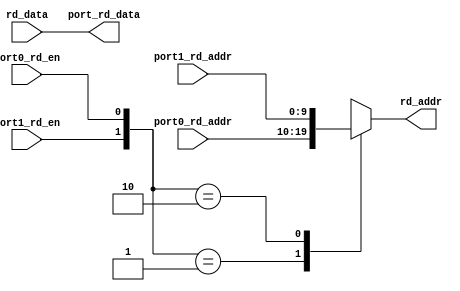
module vgpr_2to1_rd_port_mux (
  port0_rd_en,
  port0_rd_addr,

  port1_rd_en,
  port1_rd_addr,

  port_rd_data,

  rd_addr,
  rd_data
);
// S: changed to 2k (parameter passed)
  parameter DATAWIDTH = 2048;

  input         port0_rd_en;
  input [9:0]   port0_rd_addr;

  input         port1_rd_en;
  input [9:0]   port1_rd_addr;

  input [DATAWIDTH-1:0] rd_data;
  output [DATAWIDTH-1:0] port_rd_data;
  output [9:0]  rd_addr;

  reg [9:0]     rd_addr;

  assign port_rd_data = rd_data;

  always @ (
    port0_rd_en or
    port1_rd_en or
    port0_rd_addr or
    port1_rd_addr
  ) begin
      casex({port1_rd_en,port0_rd_en})
        2'b01:
          begin
            rd_addr <= port0_rd_addr;
          end
        2'b10:
          begin
            rd_addr <= port1_rd_addr;
          end
        default:
          begin
            rd_addr <= {10{1'bx}};
          end
      endcase
    end

endmodule